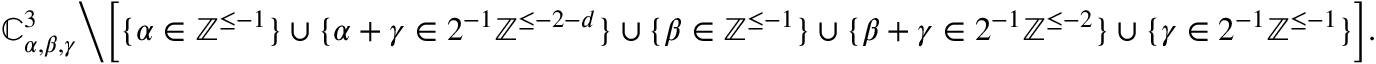
\mathbb { C } _ { \alpha , \beta , \gamma } ^ { 3 } \Big \backslash \Big [ \{ \alpha \in \mathbb { Z } ^ { \leq - 1 } \} \cup \{ \alpha + \gamma \in 2 ^ { - 1 } \mathbb { Z } ^ { \leq - 2 - d } \} \cup \{ \beta \in \mathbb { Z } ^ { \leq - 1 } \} \cup \{ \beta + \gamma \in 2 ^ { - 1 } \mathbb { Z } ^ { \leq - 2 } \} \cup \{ \gamma \in 2 ^ { - 1 } \mathbb { Z } ^ { \leq - 1 } \} \Big ] .